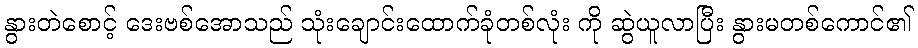
နွားတဲစောင့် ဒေးဗစ်အောသည် သုံးချောင်းထောက်ခုံတစ်လုံး ကို ဆွဲယူလာပြီး နွားမတစ်ကောင်၏